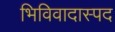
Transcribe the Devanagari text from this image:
भिविवादास्पद